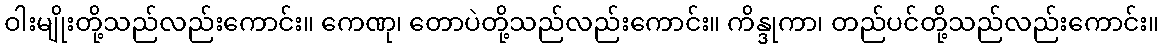
ဝါးမျိုးတို့သည်လည်းကောင်း။ ကေဏု၊ တောပဲတို့သည်လည်းကောင်း။ ကိန္ဒုကာ၊ တည်ပင်တို့သည်လည်းကောင်း။